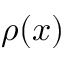
\rho ( x )